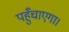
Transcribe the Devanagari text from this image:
पहुँचाएगा।